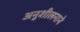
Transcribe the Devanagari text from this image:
अनुशीलनाने